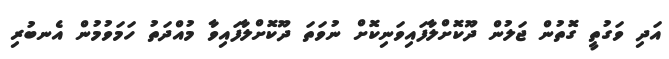
އަދި ވަގުތީ ގޮތުން ޖަލުން ދޫކޮށްލާފައިވަނިކޮށް ނުވަތަ ދޫކޮށްލާފައިވާ މުއްދަތު ހަމަވުމުން އެނބުރި